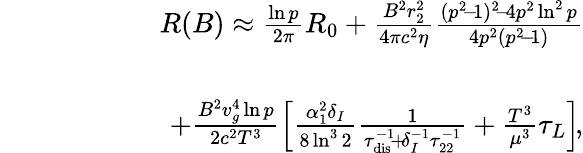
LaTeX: \begin{array}{rlr}&{}&{R(B)\approx\frac{\ln p}{2\pi}R_{0}+\frac{B^{2}r_{2}^{2}}{4\pi c^{2}\eta}\frac{(p^{2}\! -\! 1)^{2}\! -\! 4p^{2}\ln^{2}p}{4p^{2}(p^{2}\! -\! 1)}}\\ &{}&\\ &{}&{\qquad\qquad+\frac{B^{2}v_{g}^{4}\ln p}{2c^{2}T^{3}}\left[\frac{\alpha_{1}^{2}\delta_{I}}{8\ln^{3}2}\frac{1}{\tau_{\mathrm{dis}}^{-1}\! +\! \delta_{I}^{-1}\tau_{22}^{-1}}+\frac{T^{3}}{\mu^{3}}\tau_{L}\right]\! ,}\end{array}